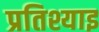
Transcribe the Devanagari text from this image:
प्रतिश्याइ